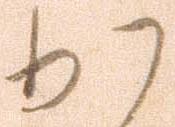
か